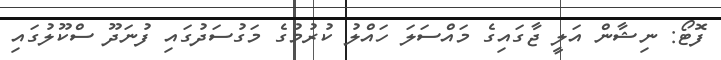
ފޮޓޯ: ނިޝާން އަލީ ޖާގައިގެ މައްސަލަ ހައްލު ކުރުމުގެ މަގުސަދުގައި ފުނަދޫ ސްކޫލުގައި